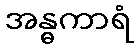
အန္ဓကာရံ